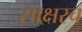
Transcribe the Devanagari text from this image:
साक्षरच